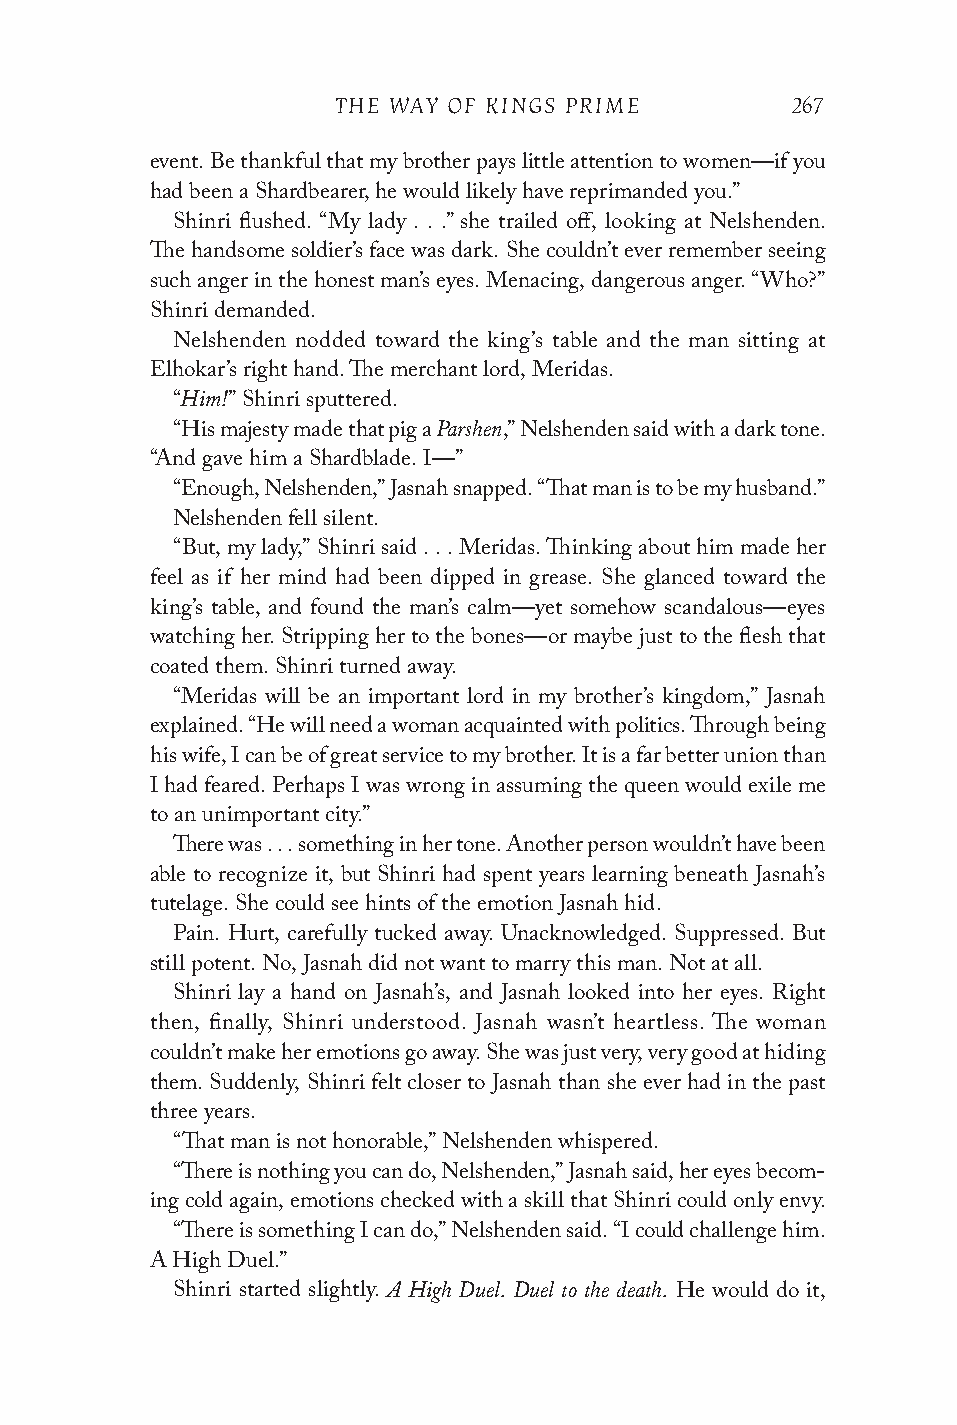
THE WAY OF KINGS PRIME        267
 event. Be thankful that my brother pays little attention to women—if you
 had been a Shardbearer, he would likely have reprimanded you.”
 Shinri flushed. “My lady . . .” she trailed off, looking at Nelshenden.
 The handsome soldier’s face was dark. She couldn’t ever remember seeing
 such anger in the honest man’s eyes. Menacing, dangerous anger. “Who?”
 Shinri demanded.
 Nelshenden nodded toward the king’s table and the man sitting at
 Elhokar’s right hand. The merchant lord, Meridas.
 Him!
 “   ” Shinri sputtered.
 Parshen
 “His majesty made that pig a ,” Nelshenden said with a dark tone.
 “And gave him a Shardblade. I—”
 “Enough, Nelshenden,” Jasnah snapped. “That man is to be my husband.”
 Nelshenden fell silent.
 “But, my lady,” Shinri said . . . Meridas. Thinking about him made her
 feel as if her mind had been dipped in grease. She glanced toward the
 king’s table, and found the man’s calm—yet somehow scandalous—eyes
 watching her. Stripping her to the bones—or maybe just to the flesh that
 coated them. Shinri turned away.
 “Meridas will be an important lord in my brother’s kingdom,” Jasnah
 explained. “He will need a woman acquainted with politics. Through being
 his wife, I can be of great service to my brother. It is a far better union than
 I had feared. Perhaps I was wrong in assuming the queen would exile me
 to an unimportant city.”
 There was . . . something in her tone. Another person wouldn’t have been
 able to recognize it, but Shinri had spent years learning beneath Jasnah’s
 tutelage. She could see hints of the emotion Jasnah hid.
 Pain. Hurt, carefully tucked away. Unacknowledged. Suppressed. But
 still potent. No, Jasnah did not want to marry this man. Not at all.
 Shinri lay a hand on Jasnah’s, and Jasnah looked into her eyes. Right
 then, finally, Shinri understood. Jasnah wasn’t heartless. The woman
 couldn’t make her emotions go away. She was just very, very good at hiding
 them. Suddenly, Shinri felt closer to Jasnah than she ever had in the past
 three years.
 “That man is not honorable,” Nelshenden whispered.
 “There is nothing you can do, Nelshenden,” Jasnah said, her eyes becom­
 ing cold again, emotions checked with a skill that Shinri could only envy.
 “There is something I can do,” Nelshenden said. “I could challenge him.
 A High Duel.”
 A High Duel. Duel to the death.
 Shinri started slightly.          He would do it,